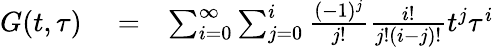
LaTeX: \begin{array}{rlr}{G(t,\tau)}&{{}=}&{\sum_{i=0}^{\infty}\sum_{j=0}^{i}\frac{(-1)^{j}}{j!}\frac{i!}{j!(i-j)!}t^{j}\tau^{i}}\end{array}